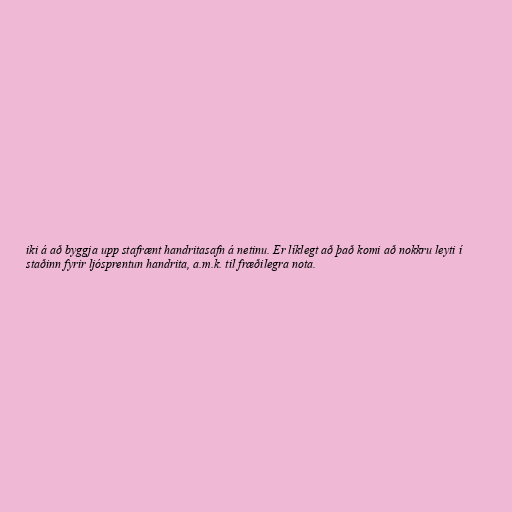
iki á að byggja upp stafrænt handritasafn á netinu. Er líklegt að það komi að nokkru leyti í
staðinn fyrir ljósprentun handrita, a.m.k. til fræðilegra nota.